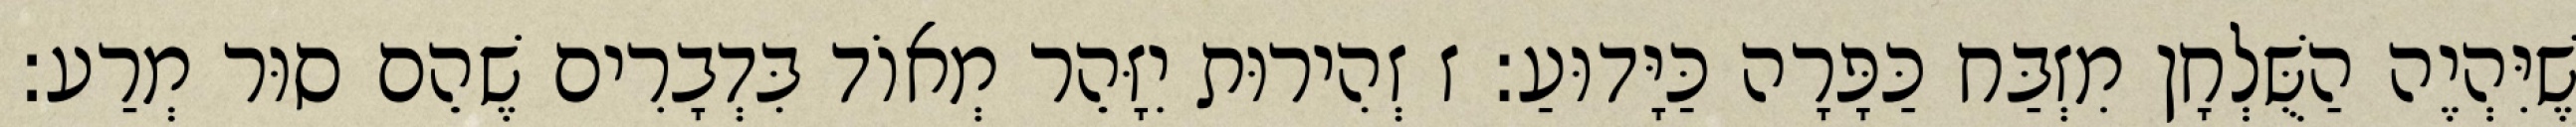
שֶׁיִּהְיֶה הַשֻּׁלְחָן מִזְבַּח כַּפָּרָה כַּיָּדוּעַ: ז זְהִירוּת יִזָּהֵר מְאוֹד בִּדְבָרִים שֶׁהֵם סוּר מְרַע: